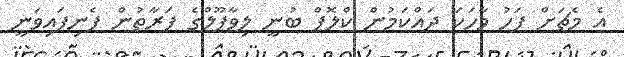
އެ މެޗަށް ފަހު ވާހަކަ ދައްކަމުން ކްލޮޕް ބުނީ ލިވާޕޫލްގެ ފަރާތުން ފެނިފައިވަނީ